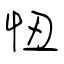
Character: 忸